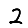
Digit: 2